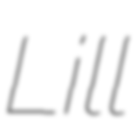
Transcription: Lill